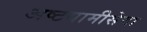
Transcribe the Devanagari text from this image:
अष्टयामीसेवा